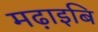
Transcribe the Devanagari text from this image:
मढ़ाइबि